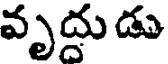
వృద్దుడు